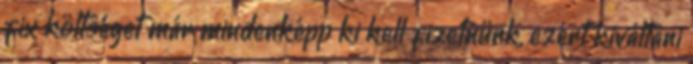
fix költséget már mindenképp ki kell fizetnünk, ezért kiváltani